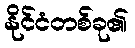
နိုင်ငံတစ်ခု၏